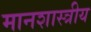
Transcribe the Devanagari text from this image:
मानशास्त्रीय